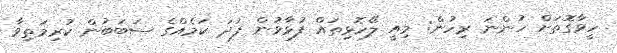
ހީވާގޮތަށް ހުންނަ ރިހުން: މިއީ ލޭހޮޅިތައް ފުޅާވުން ފަދަ ކަމެއްގެ ސަބަބުން ކުރިމަތިވާ